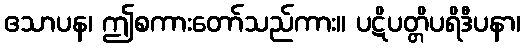
ဧသာပန၊ ဤစကားတော်သည်ကား။ ပဋိပတ္တိပရိဒီပနာ၊